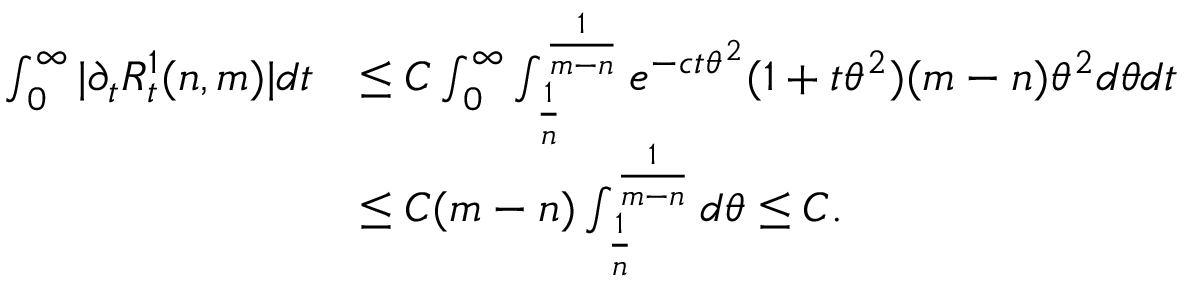
\begin{array} { r l } { \int _ { 0 } ^ { \infty } | \partial _ { t } R _ { t } ^ { 1 } ( n , m ) | d t } & { \le C \int _ { 0 } ^ { \infty } \int _ { \frac { 1 } { n } } ^ { \frac { 1 } { m - n } } e ^ { - c t \theta ^ { 2 } } ( 1 + t \theta ^ { 2 } ) ( m - n ) \theta ^ { 2 } d \theta d t } \\ & { \le C ( m - n ) \int _ { \frac { 1 } { n } } ^ { \frac { 1 } { m - n } } d \theta \le C . } \end{array}